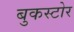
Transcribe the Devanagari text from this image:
बुकस्‍टोर